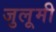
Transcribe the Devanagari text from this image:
जुलूमी